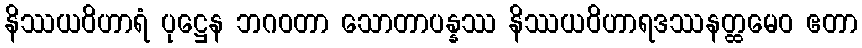
နိဿယဝိဟာရံ ပုဋ္ဌေန ဘဂဝတာ သောတာပန္နဿ နိဿယဝိဟာရဒဿနတ္ထမေဝ ဧတာ